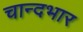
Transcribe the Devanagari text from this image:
चान्दभार